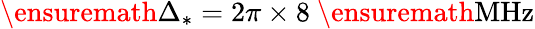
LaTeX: \ensuremath{\Delta_{*}}=2\pi\times 8~\ensuremath{{\mathrm{MHz}}}